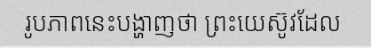
រូបភាពនេះបង្ហាញថា ព្រះយេស៊ូវដែល